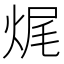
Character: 𤈦